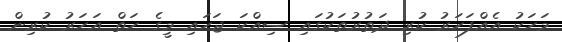
މަހަކު އެއްފަހަރު ކުރި ދަތުރުތަކުގައި ސިއްކަ ޖަހައި މީގެ ހަތް އަހަރު ކުރިން